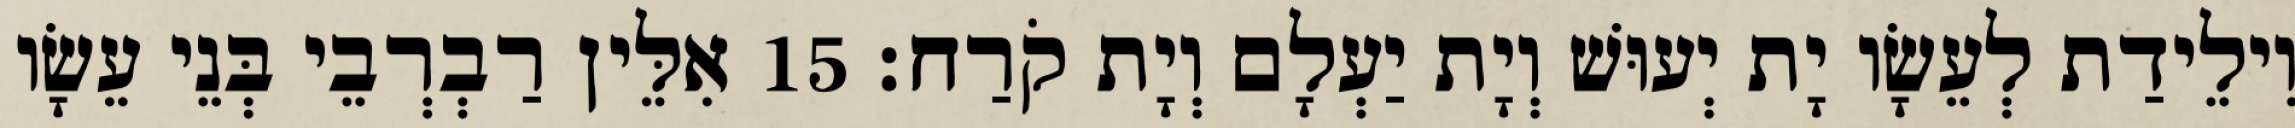
וִילֵידַת לְעֵשָׂו יָת יְעוּשׁ וְיָת יַעְלָם וְיָת קֹרַח׃ 15 אִלֵּין רַבְרְבֵי בְּנֵי עֵשָׂו